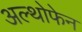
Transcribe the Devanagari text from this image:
अल्थोफेन